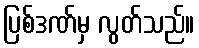
ပြစ်ဒဏ်မှ လွတ်သည်။